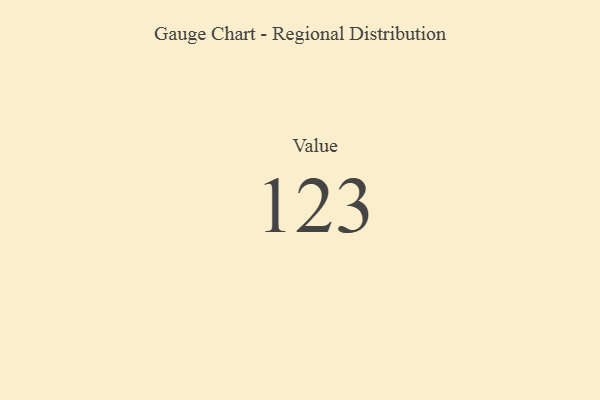
{"axis": {"x": "Metric", "y": "Value"}, "legend": [""], "data": [{"x": "Value", "y": 123, "type": ""}]}